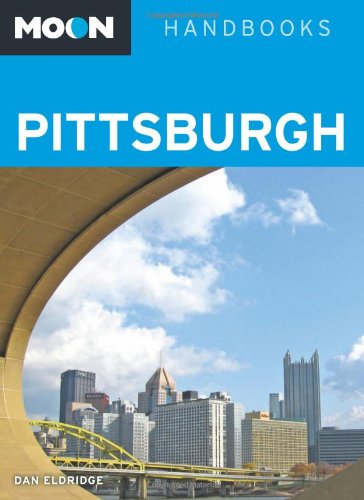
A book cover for Moon Pittsburgh (Moon Handbooks); Dan Eldridge; Travel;